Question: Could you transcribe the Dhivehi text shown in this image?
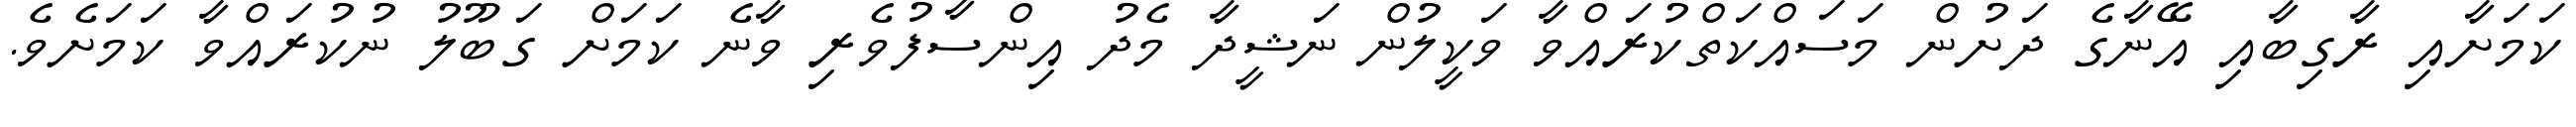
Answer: ކަމަށާއި ރާގިބާއި އޭނާގެ ދަށުން މަސައްކަތްކުރައްވާ ވަކީލުން ނަޝީދާ މެދު އިންސާފުވެރި ވާނެ ކަމަށް ގަބޫލު ނުކުރައްވާ ކަމަށެވެ.